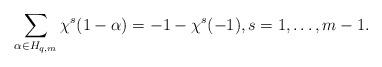
LaTeX: \begin{align*}\sum\limits_{\alpha\in H_{q,m}}\chi^s(1-\alpha)=-1-\chi^s(-1),s=1,\ldots,m-1.\end{align*}